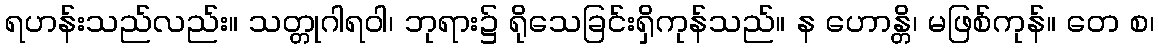
ရဟန်းသည်လည်း။ သတ္တုဂါရဝါ၊ ဘုရား၌ ရိုသေခြင်းရှိကုန်သည်။ န ဟောန္တိ၊ မဖြစ်ကုန်။ တေ စ၊